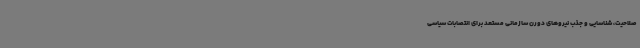
صلاحیت، شناسایی و جذب نیروهای دورن سازمانی مستعد برای انتصابات سیاسی